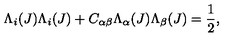
\Lambda _ { i } ( J ) \Lambda _ { i } ( J ) + C _ { \alpha \beta } \Lambda _ { \alpha } ( J ) \Lambda _ { \beta } ( J ) = \frac { 1 } { 2 } ,